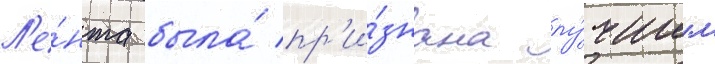
Л'е́нта была́ пр'и́знана лу́чшим